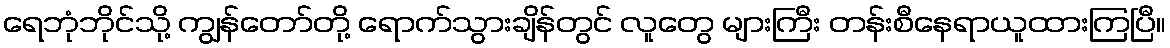
ရေဘုံဘိုင်သို့ ကျွန်တော်တို့ ရောက်သွားချိန်တွင် လူတွေ များကြီး တန်းစီနေရာယူထားကြပြီ။